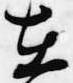
在